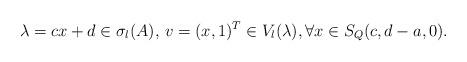
LaTeX: \begin{align*}\lambda=cx+d\in \sigma_l(A),\, v=(x,1)^T\in V_l(\lambda),\forall x\in S_Q(c,d-a,0).\end{align*}